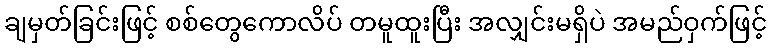
ချမှတ်ခြင်းဖြင့် စစ်တွေကောလိပ် တမူထူးပြီး အလျှင်းမရှိပဲ အမည်ဝှက်ဖြင့်